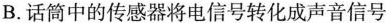
B.话筒中的传感器将电信号转化成声音信号